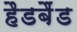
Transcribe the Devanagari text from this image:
हैडबैंड